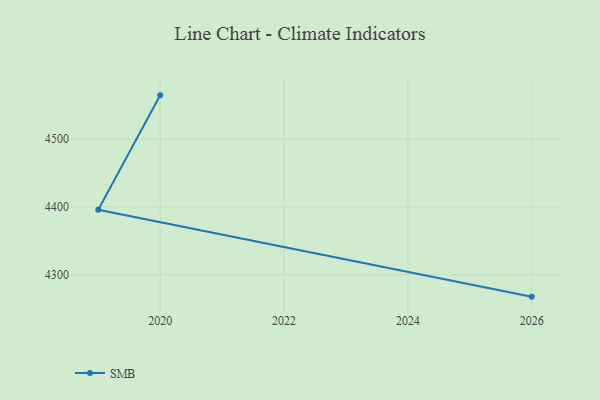
{"axis": {"x": "Year", "y": "Backlog"}, "legend": ["SMB"], "data": [{"x": "2026", "y": 4267.5, "type": "SMB"}, {"x": "2019", "y": 4395.7, "type": "SMB"}, {"x": "2020", "y": 4564.4, "type": "SMB"}]}